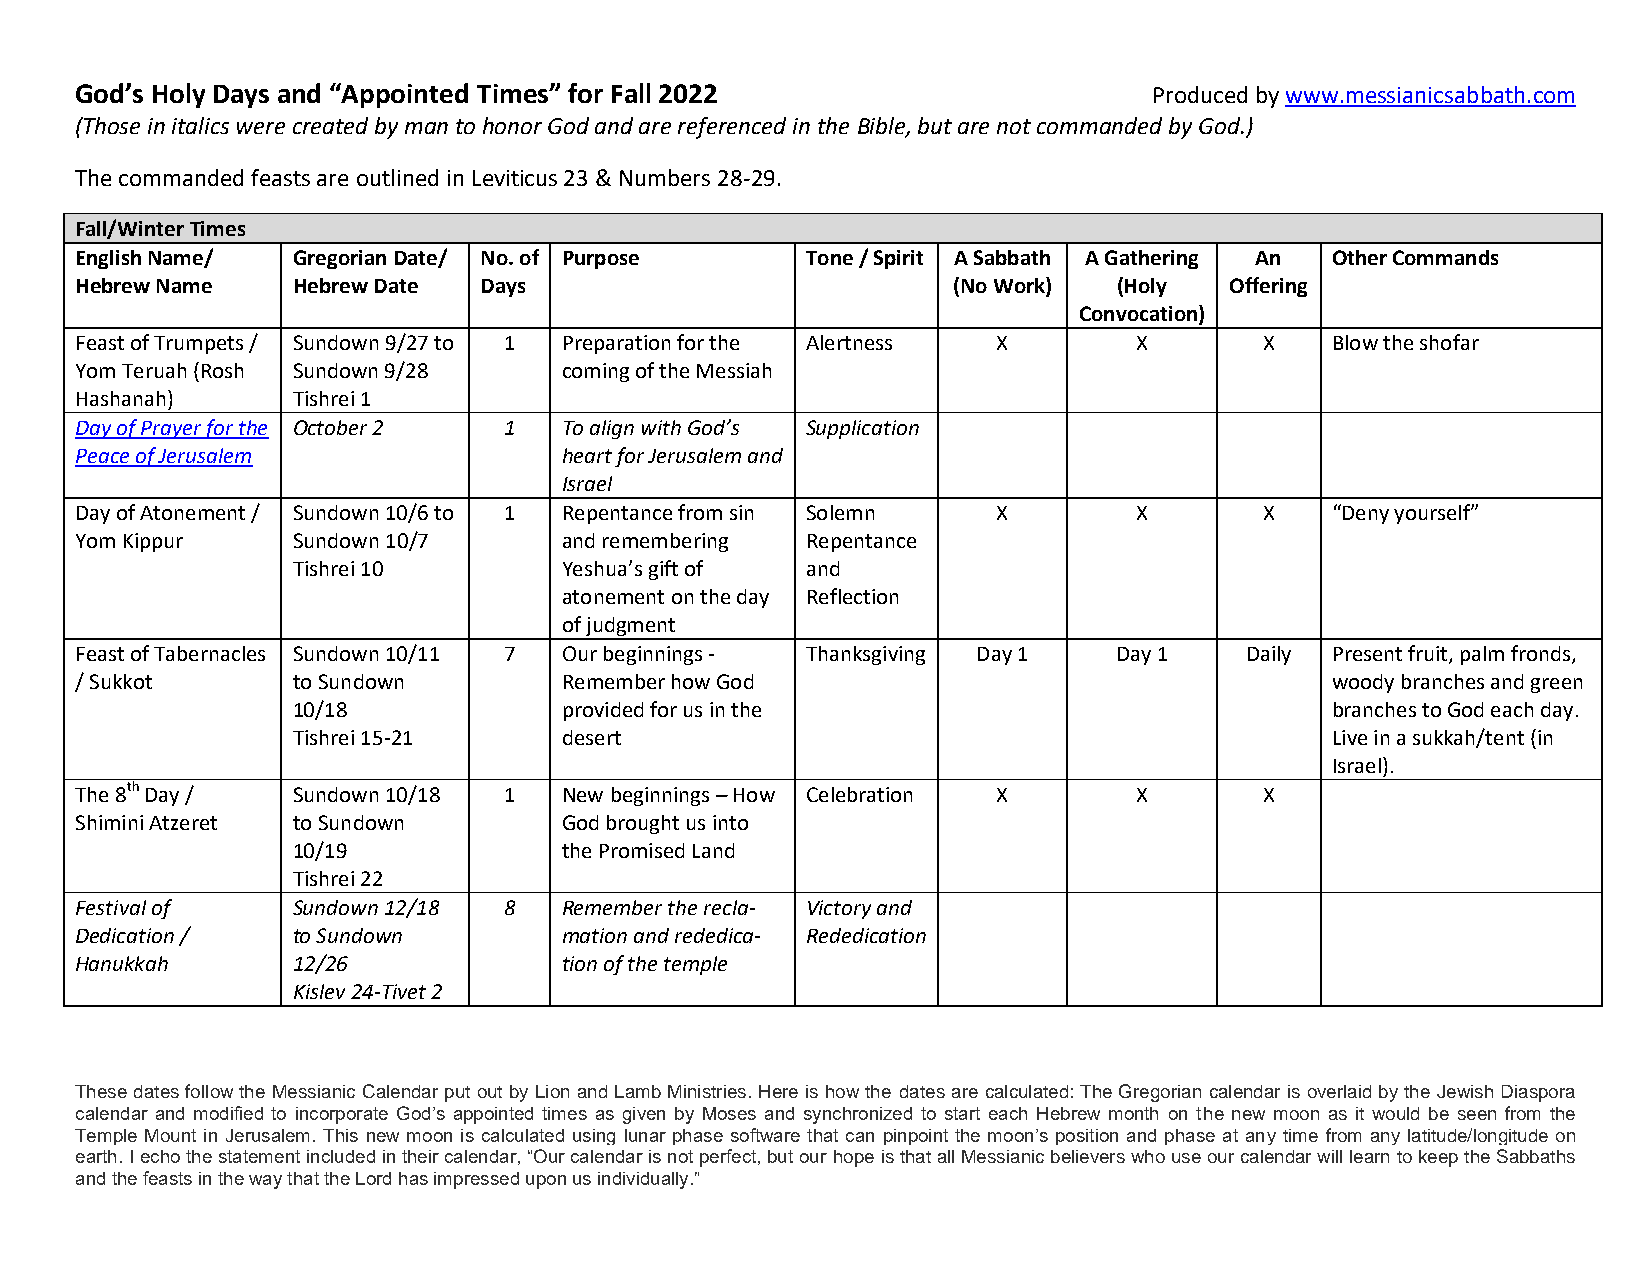
God’s Holy Days and “Appointed Times” for Fall 2022                    Produced by www.messianicsabbath.com
 (Those in italics were created by man to honor God and are referenced in the Bible, but are not commanded by God.)
 The commanded feasts are outlined in Leviticus 23 & Numbers 28-29.
 Fall/Winter Times
 English Name/ Gregorian Date/ No. of Purpose    Tone / Spirit A Sabbath A Gathering An Other Commands
 Hebrew Name   Hebrew Date  Days                           (No Work)  (Holy  Offering
 Convocation)
 Feast of Trumpets / Sundown 9/27 to 1 Preparation for the Alertness X X        X   Blow the shofar
 Yom Teruah (Rosh Sundown 9/28   coming of the Messiah
 Hashanah)     Tishrei 1
 Day of Prayer for the October 2 1 To align with God’s Supplication
 Peace of Jerusalem              heart for Jerusalem and
 Israel
 Day of Atonement / Sundown 10/6 to 1 Repentance from sin Solemn X     X        X   “Deny yourself”
 Yom Kippur    Sundown 10/7      and remembering Repentance
 Tishrei 10        Yeshua’s gift of and
 atonement on the day Reflection
 of judgment
 Feast of Tabernacles Sundown 10/11 7 Our beginnings - Thanksgiving Day 1 Day 1 Daily Present fruit, palm fronds,
 / Sukkot      to Sundown        Remember how God                                   woody branches and green
 10/18             provided for us in the                             branches to God each day.
 Tishrei 15-21     desert                                             Live in a sukkah/tent (in
 Israel).
 The 8th Day / Sundown 10/18 1   New beginnings – How Celebration X    X        X
 Shimini Atzeret to Sundown      God brought us into
 10/19             the Promised Land
 Tishrei 22
 Festival of   Sundown 12/18 8   Remember the recla- Victory and
 Dedication /  to Sundown        mation and rededica- Rededication
 Hanukkah      12/26             tion of the temple
 Kislev 24-Tivet 2
 These dates follow the Messianic Calendar put out by Lion and Lamb Ministries. Here is how the dates are calculated: The Gregorian calendar is overlaid by the Jewish Diaspora
 calendar and modified to incorporate God’s appointed times as given by Moses and synchronized to start each Hebrew month on the new moon as it would be seen from the
 Temple Mount in Jerusalem. This new moon is calculated using lunar phase software that can pinpoint the moon’s position and phase at any time from any latitude/longitude on
 earth. I echo the statement included in their calendar, “Our calendar is not perfect, but our hope is that all Messianic believers who use our calendar will learn to keep the Sabbaths
 and the feasts in the way that the Lord has impressed upon us individually.”